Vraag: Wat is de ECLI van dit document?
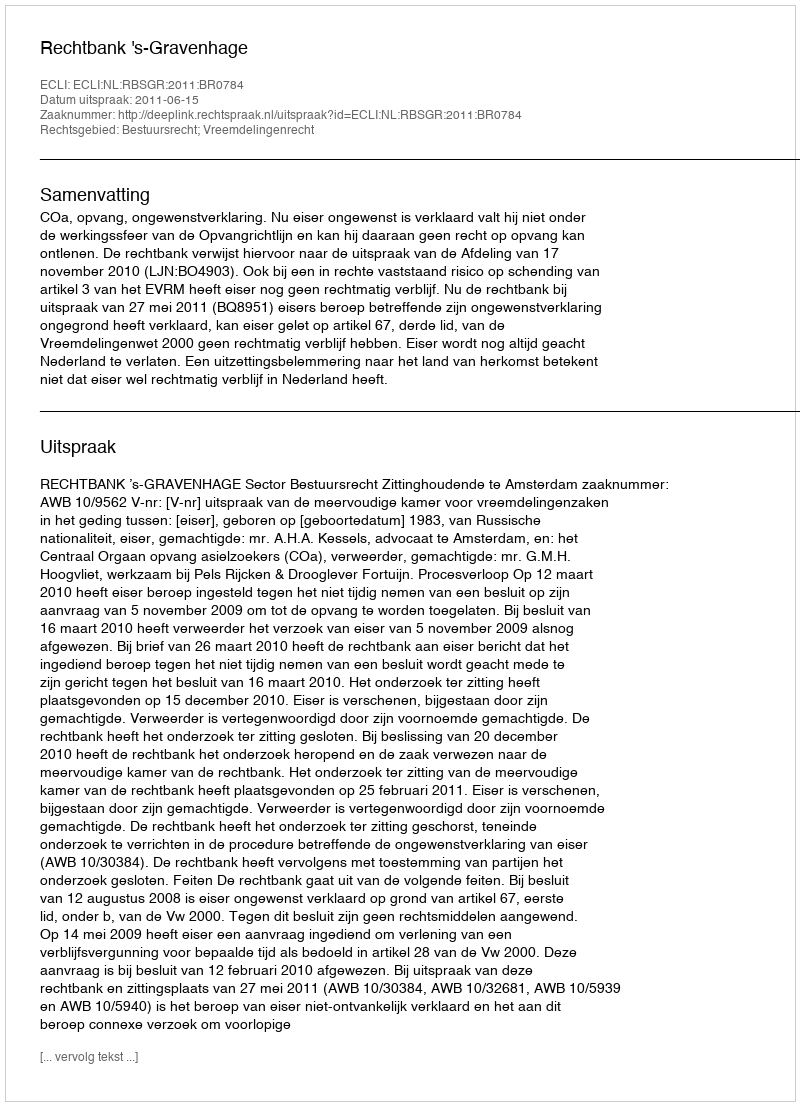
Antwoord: ECLI:NL:RBSGR:2011:BR0784